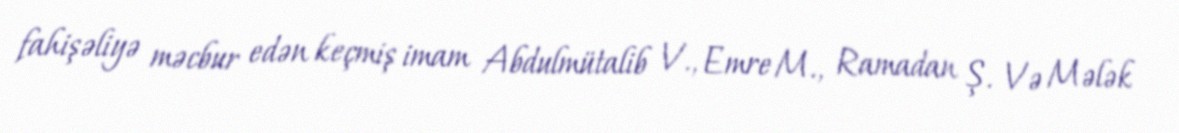
fahişəliyə məcbur edən keçmiş imam Abdulmütalib V., Emre M., Ramadan Ş. Və Mələk